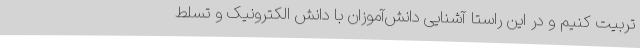
تربیت کنیم و در این راستا آشنایی دانش‌آموزان با دانش الکترونیک و تسلط